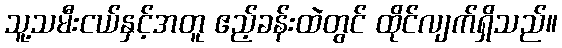
သူ့သမီးငယ်နှင့်အတူ ဧည့်ခန်းထဲတွင် ထိုင်လျက်ရှိသည်။